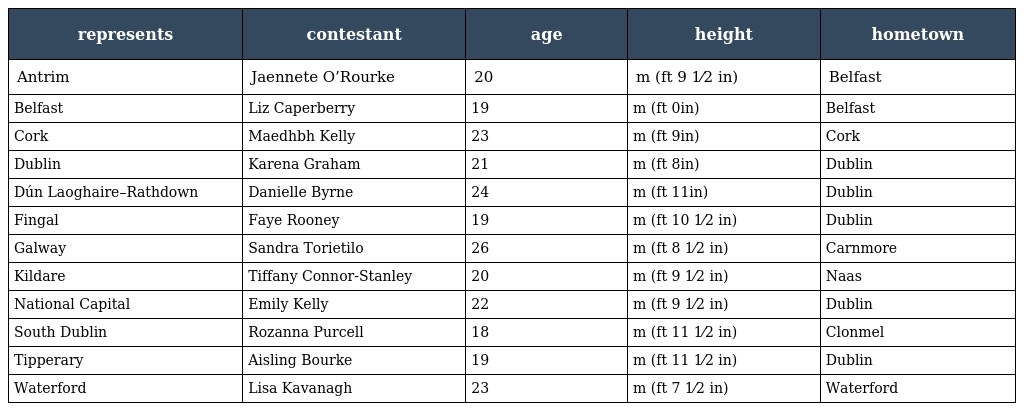
| represents | contestant | age | height | hometown |
 | --- | --- | --- | --- | --- |
 | Antrim | Jaennete O’Rourke | 20 | m (ft 9 1⁄2 in) | Belfast |
 | Belfast | Liz Caperberry | 19 | m (ft 0in) | Belfast |
 | Cork | Maedhbh Kelly | 23 | m (ft 9in) | Cork |
 | Dublin | Karena Graham | 21 | m (ft 8in) | Dublin |
 | Dún Laoghaire–Rathdown | Danielle Byrne | 24 | m (ft 11in) | Dublin |
 | Fingal | Faye Rooney | 19 | m (ft 10 1⁄2 in) | Dublin |
 | Galway | Sandra Torietilo | 26 | m (ft 8 1⁄2 in) | Carnmore |
 | Kildare | Tiffany Connor-Stanley | 20 | m (ft 9 1⁄2 in) | Naas |
 | National Capital | Emily Kelly | 22 | m (ft 9 1⁄2 in) | Dublin |
 | South Dublin | Rozanna Purcell | 18 | m (ft 11 1⁄2 in) | Clonmel |
 | Tipperary | Aisling Bourke | 19 | m (ft 11 1⁄2 in) | Dublin |
 | Waterford | Lisa Kavanagh | 23 | m (ft 7 1⁄2 in) | Waterford |